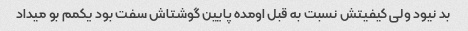
بد نیود ولی کیفیتش نسبت به قبل اومده پایین گوشتاش سفت بود یکمم بو میداد